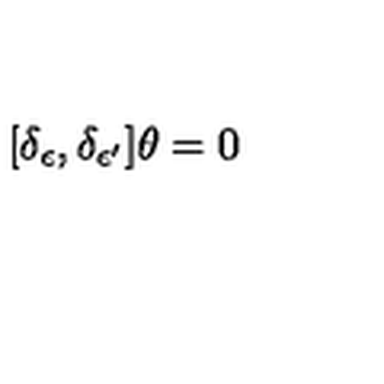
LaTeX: [ \delta _ { \epsilon } , \delta _ { \epsilon ^ { \prime } } ] \theta = 0